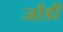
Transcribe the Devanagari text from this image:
जोंडी